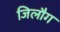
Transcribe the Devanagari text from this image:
जिलौग